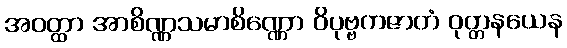
အဝတ္ထာ အာစိဏ္ဏသမာစိဏ္ဏော ဝိပုဗ္ဗကဇာတံ ဝုတ္တနယေန